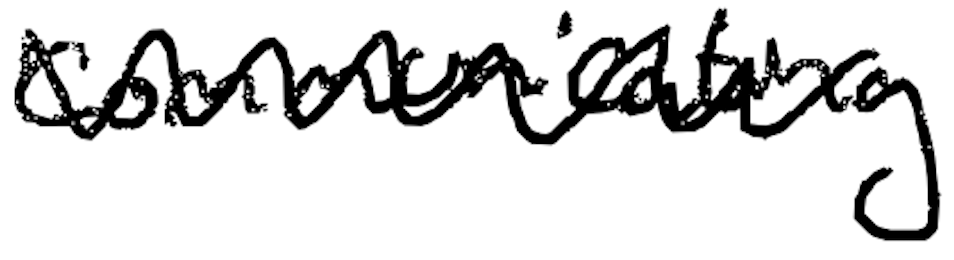
Text: communicating
Cross-out: mix
Writing tool: digital_black